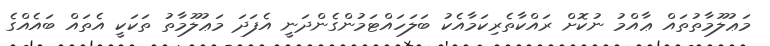
މަޢުލޫމާތުތައް ޢާއްމު ނުކޮށް ރައްކާތެރިކަމާއެކު ބަލަހައްޓަމުންގެންދަނީ އެފަދަ މަޢުލޫމާތު ތަކަކީ އެތައް ބައެއްގެ